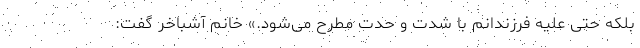
بلکه حتی علیه فرزندانم با شدت و حدت مطرح می‌شود.» خانم آشباخر گفت: